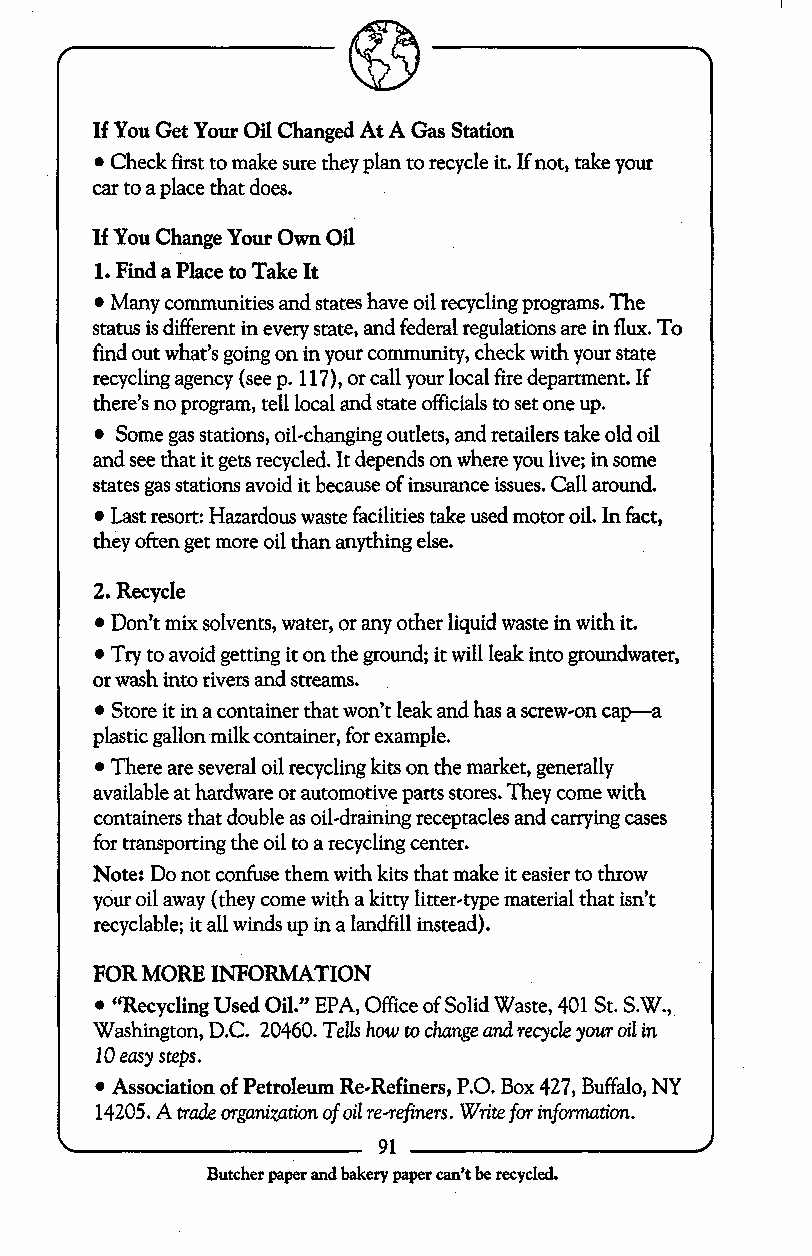
If You Get Your Oil Changed At A Gas Station
 Check first to make sure they plan to recycle it. If not, take your
 car to a place that does.
 If You Change Your Own Oil
 1. Find a Place to Take It
 Many communities and states have oil recycling programs. The
 status is different in every state, and federal regulations are in flux. To
 find out what’s going on in your community, check with your state
 recycling agency (see p. 117), or call your local fire department. If
 there’s no program, tell local and state officials to set one up.
 Some gas stations, oil-changing outlets, and retailers take old oil
 and see that it gets recycled. It depends on where you live; in some
 states gas stations avoid it because of insurance issues. Call around.
 Last resort: Hazardous waste facilities take used motor oil. In fact,
 they often get more oil than anything else.
 2. Recycle
 Don’t mix solvents, water, or any other liquid waste in with it.
 Try to avoid getting it on the ground; it will leak into groundwater,
 or wash into rivers and streams.
 Store it in a container that won’t leak and has a screw-on cap-a
 plastic gallon milk container, for example.
 There are several oil recycling kits on the market, generally
 available at hardware or automotive parts stores. They come with
 containers that double as oil-draining receptacles and carrying cases
 for transporting the oil to a recycling center.
 Note: Do not confuse them with kits that make it easier to throw
 your oil away (they come with a kitty litter-type material that isn’t
 recyclable; it all winds up in a landfill instead).
 FOR MORE INFORMATION
 “Recycling Used Oil.” EPA, Office of Solid Waste, 401 St. S.W.,
 Washington, D.C. 20460. TeuS how to change and recycle your oil in
 10 easy step.
 Association of Petroleum RedRefiners, P.O.B ox 427, Buffalo, NY
 14205. A made organization of oil re-refiws. Write for information.
 91
 Butcher paper and bakery paper can’t be recycled.